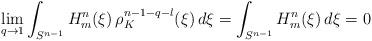
LaTeX: \begin{align*}\lim_{q\rightarrow 1} \int_{S^{n-1}} H_m^n(\xi)\, \rho_K^{ n-1-q-l }(\xi)\, d\xi = \int_{S^{n-1}} H_m^n(\xi)\, d\xi = 0\end{align*}